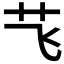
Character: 𮶞